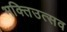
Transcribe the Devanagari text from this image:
भक्तिउत्सव